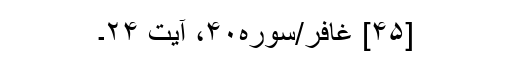
[۴۵] غافر/سوره۴۰، آیت ۲۴۔